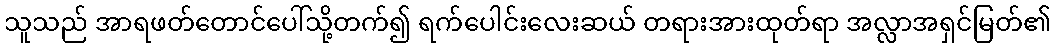
သူသည် အာရဖတ်တောင်ပေါ်သို့တက်၍ ရက်ပေါင်းလေးဆယ် တရားအားထုတ်ရာ အလ္လာအရှင်မြတ်၏